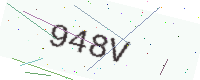
Text: 948V